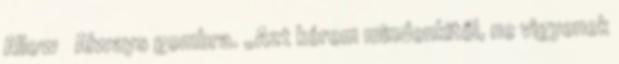
Allow Always gombra. „Azt kérem mindenkitől, ne vigyenek